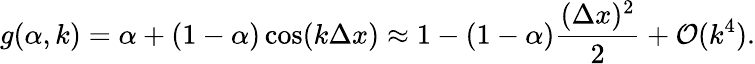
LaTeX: g(\alpha,k)=\alpha+(1-\alpha)\cos(k\Delta x)\approx 1-(1-\alpha)\frac{(\Delta x)^{2}}{2}+\mathcal{O}(k^{4}).